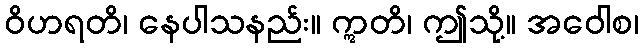
ဝိဟရတိ၊ နေပါသနည်း။ ဣတိ၊ ဤသို့။ အဝေါစ၊